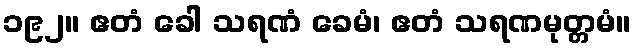
၁၉၂။ ဧတံ ခေါ သရဏံ ခေမံ၊ ဧတံ သရဏမုတ္တမံ။